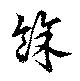
餘